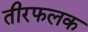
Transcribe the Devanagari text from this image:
तीरफलक